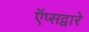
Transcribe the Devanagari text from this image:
ऍप्सद्वारे